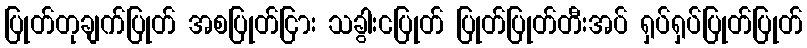
ပြုတ်တုချက်ပြုတ် အစပြုတ်ငြား သခွါးငပြုတ် ပြုတ်ပြုတ်တီးအပ် ရှပ်ရှပ်ပြုတ်ပြုတ်